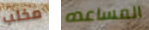
مخلب المساعده